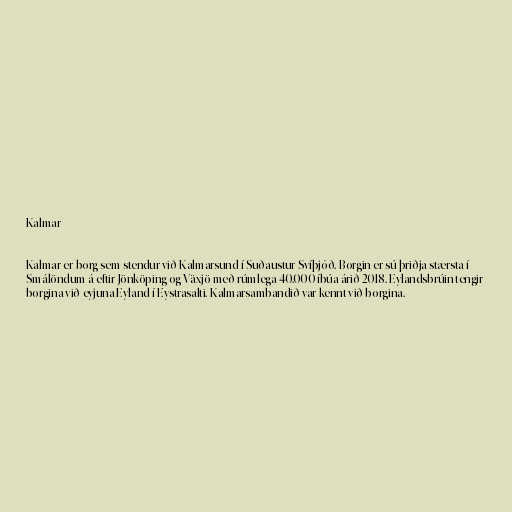
Kalmar

Kalmar er borg sem stendur við Kalmarsund í Suðaustur-Svíþjóð. Borgin er sú þriðja stærsta í
Smálöndum á eftir Jönköping og Växjö með rúmlega 40.000 íbúa árið 2018. Eylandsbrúin tengir
borgina við eyjuna Eyland í Eystrasalti. Kalmarsambandið var kennt við borgina.